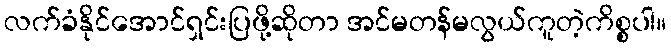
လက်ခံနိုင်အောင်ရှင်းပြဖို့ဆိုတာ အင်မတန်မလွယ်ကူတဲ့ကိစ္စပါ။